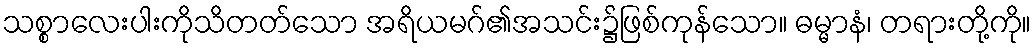
သစ္စာလေးပါးကိုသိတတ်သော အရိယမဂ်၏အသင်း၌ဖြစ်ကုန်သော။ ဓမ္မာနံ၊ တရားတို့ကို။